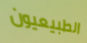
الطبيعيون